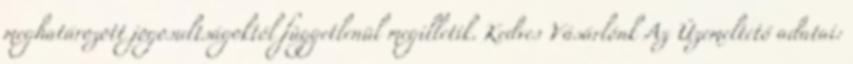
meghatározott jogosultságoktól függetlenül megilletik. Kedves Vásárlónk Az Üzemeltető adatai: